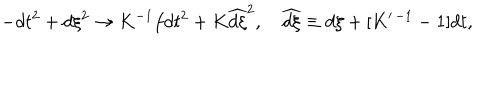
- d t ^ { 2 } + d \xi ^ { 2 } \to K ^ { - 1 } f d t ^ { 2 } + K \widehat { d \xi } ^ { 2 } , \widehat { d \xi } \equiv d \xi + [ K ^ { \prime \, - 1 } - 1 ] d t ,